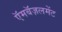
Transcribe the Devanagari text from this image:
ऍमबॅज़लमेंट